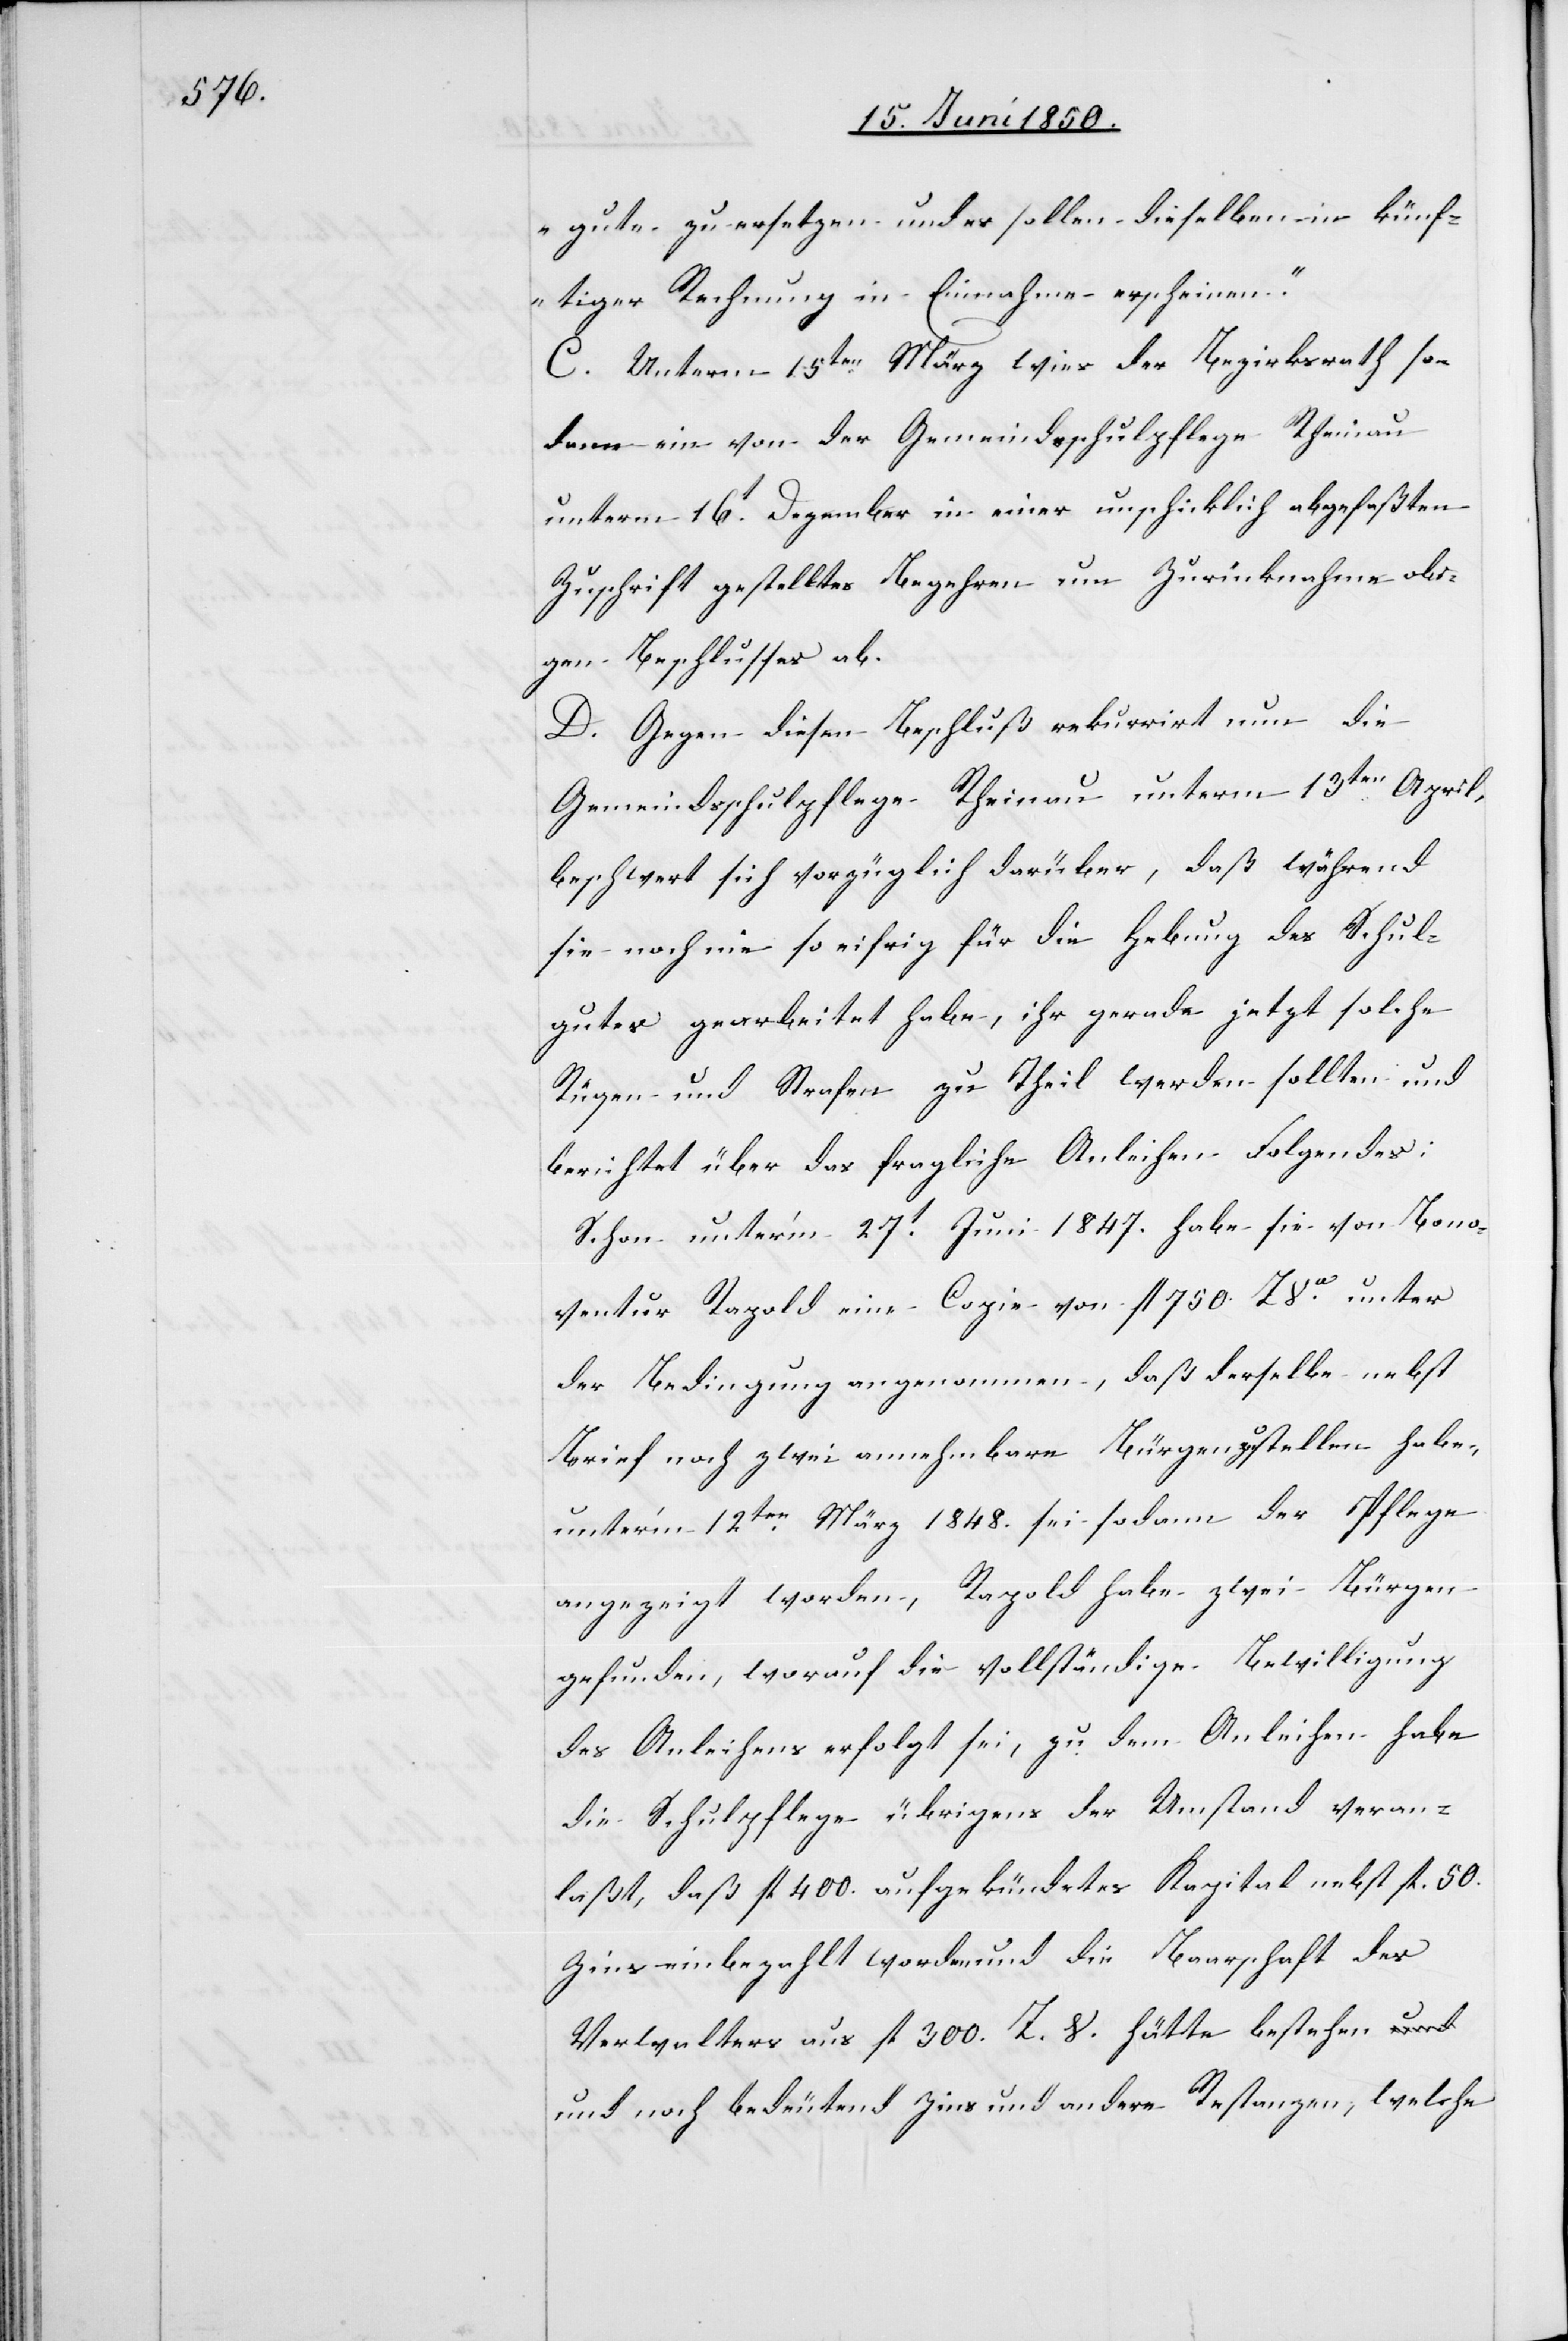
gute zu ersetzen und es sollen dieselben in künf¬
tiger Rechnung in Einnahme erscheinen.“
C. Unterm 15ten März wies der Bezirksrath so¬
dann ein von der Gemeindsschulpflege Rheinau
unterm 16t Dezember in einer unschicklich abgefaßten
Zuschrift gestelltes Begehren um Zurücknahme obi¬
gen Beschlusses ab.
D. Gegen diesen Beschluß rekurrirt nun die
Gmeindsschulpflege Rheinau unterm 13ten April,
beschwert sich vorzüglich darüber, daß während
sie noch nie so eifrig für die Hebung des Schul¬
gutes gearbeitet habe, ihr gerade jetzt solche
Rügen und Strafen zu Theil werden sollten und
berichtet über das fragliche Anleihen Folgendes:
Schon unter’m 27t Juni 1847. habe sie von Bono¬
ventur Rapold eine Copie von fl 750. ZVa unter
der Bedingung angenommen, daß derselbe nebst
Brief noch zwei annehmbare Bürgen zu stellen habe,
unter’m 12ten März 1848. sei sodann der Pflege
angezeigt worden, Rapold habe zwei Bürgen
gefunden, worauf die vollständige Bewilligung
des Anleihens erfolgt sei, zu dem Anleihen habe
die Schulpflege übrigens der Umstand veran¬
laßt, daß fl 400. aufgekündetes Kapital nebst fl. 50.
Zins einbezahlt worden und die Baarschaft des
Verwalters auf fl 300. Z. V. hätte bestehen u¬
nd noch bedeutend Zins und andere Restanzen, welche